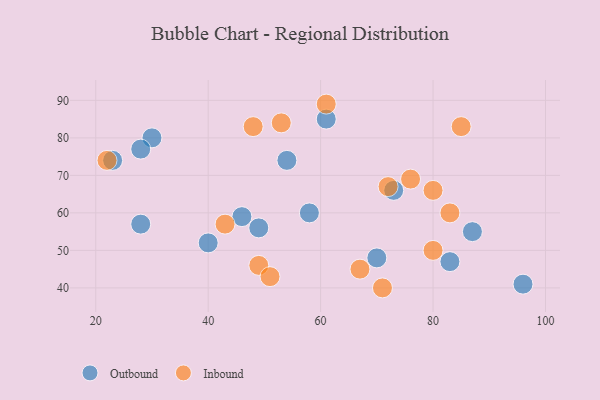
{"axis": {"x": "GDP", "y": "Life Expectancy"}, "legend": ["Inbound", "Outbound"], "data": [{"x": "28", "y": 57, "type": "Outbound"}, {"x": "58", "y": 60, "type": "Outbound"}, {"x": "30", "y": 80, "type": "Outbound"}, {"x": "54", "y": 74, "type": "Outbound"}, {"x": "28", "y": 77, "type": "Outbound"}, {"x": "70", "y": 48, "type": "Outbound"}, {"x": "49", "y": 56, "type": "Outbound"}, {"x": "61", "y": 85, "type": "Outbound"}, {"x": "46", "y": 59, "type": "Outbound"}, {"x": "73", "y": 66, "type": "Outbound"}, {"x": "23", "y": 74, "type": "Outbound"}, {"x": "96", "y": 41, "type": "Outbound"}, {"x": "40", "y": 52, "type": "Outbound"}, {"x": "87", "y": 55, "type": "Outbound"}, {"x": "83", "y": 47, "type": "Outbound"}, {"x": "53", "y": 84, "type": "Inbound"}, {"x": "76", "y": 69, "type": "Inbound"}, {"x": "85", "y": 83, "type": "Inbound"}, {"x": "67", "y": 45, "type": "Inbound"}, {"x": "80", "y": 50, "type": "Inbound"}, {"x": "71", "y": 40, "type": "Inbound"}, {"x": "22", "y": 74, "type": "Inbound"}, {"x": "72", "y": 67, "type": "Inbound"}, {"x": "49", "y": 46, "type": "Inbound"}, {"x": "80", "y": 66, "type": "Inbound"}, {"x": "61", "y": 89, "type": "Inbound"}, {"x": "51", "y": 43, "type": "Inbound"}, {"x": "48", "y": 83, "type": "Inbound"}, {"x": "43", "y": 57, "type": "Inbound"}, {"x": "83", "y": 60, "type": "Inbound"}]}